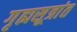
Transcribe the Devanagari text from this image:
गृह्यसूत्रांत